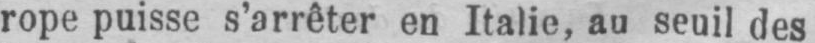
rope puisse s’arrêter en Italie, au seuil des